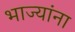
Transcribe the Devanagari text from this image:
भाज्यांना